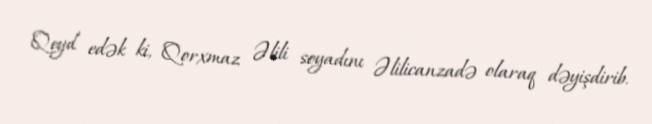
Qeyd edək ki, Qorxmaz Əlili soyadını Əlilicanzadə olaraq dəyişdirib.